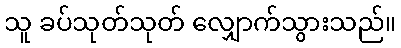
သူ ခပ်သုတ်သုတ် လျှောက်သွားသည်။